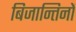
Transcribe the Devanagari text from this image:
बिजान्तिनों